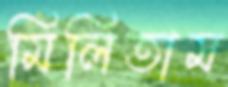
মিলিতাম